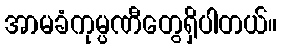
အာမခံကုမ္ပဏီတွေရှိပါတယ်။